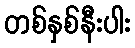
တစ်နှစ်နီးပါး